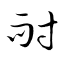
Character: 耐